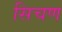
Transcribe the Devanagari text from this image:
सिचण